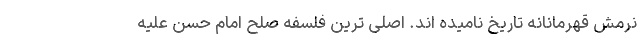
نرمش قهرمانانه تاریخ نامیده اند. اصلی ترین فلسفه صلح امام حسن علیه